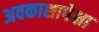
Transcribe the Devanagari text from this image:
अवकाशापेक्षा